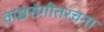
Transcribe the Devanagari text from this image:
वाद्यसंगीतरचना